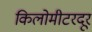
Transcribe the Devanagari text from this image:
किलोमीटरदूर